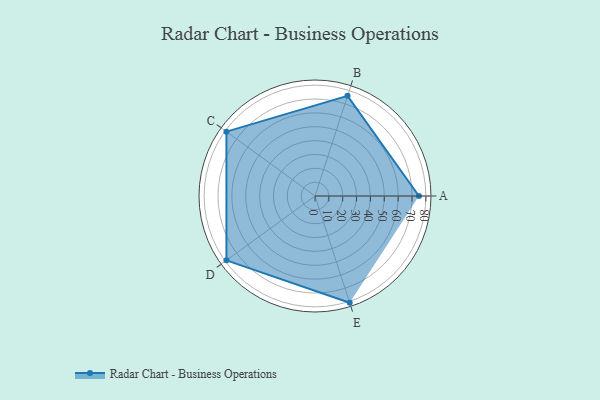
{"axis": {"x": "Skill", "y": "Score"}, "legend": ["Profile"], "data": [{"x": "A", "y": 75.0, "type": "Profile"}, {"x": "B", "y": 76.0, "type": "Profile"}, {"x": "C", "y": 79.0, "type": "Profile"}, {"x": "D", "y": 79.0, "type": "Profile"}, {"x": "E", "y": 81.0, "type": "Profile"}]}